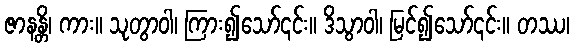
ဇာနန္တိ၊ ကား။ သုတွာဝါ၊ ကြား၍သော်၎င်း။ ဒိသွာဝါ၊ မြင်၍သော်၎င်း။ တဿ၊